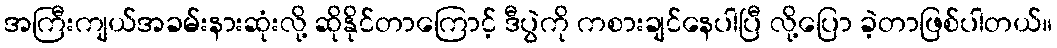
အကြီးကျယ်အခမ်းနားဆုံးလို့ ဆိုနိုင်တာကြောင့် ဒီပွဲကို ကစားချင်နေပါပြီ လို့ပြော ခဲ့တာဖြစ်ပါတယ်။